Annual report on the working of the lock hospitals in the Central Provinces
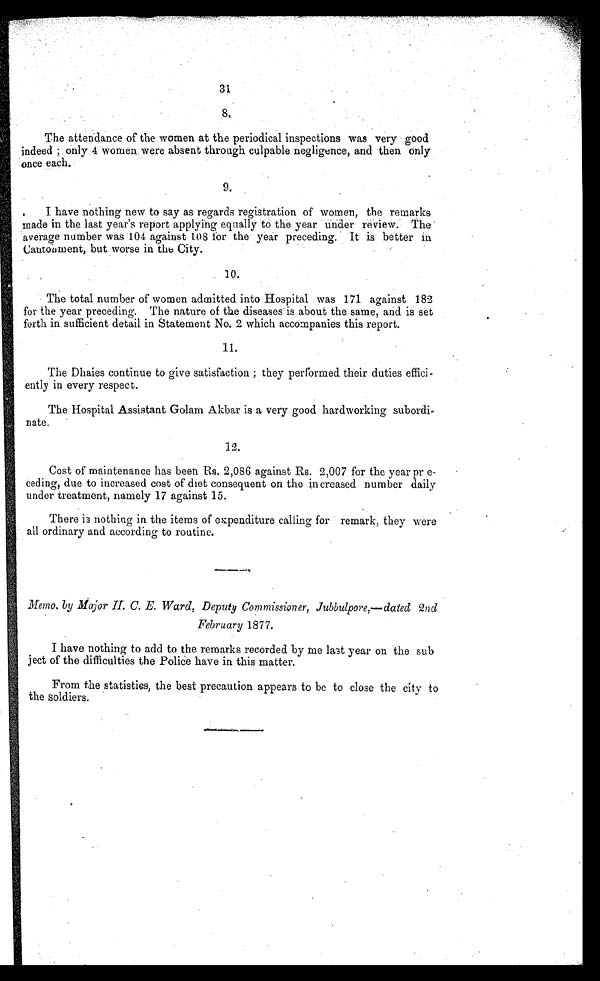
31
8.
The attendance of the women at the periodical inspections was very good
indeed ; only 4 women were absent through culpable negligence, and then only
once each.
9.
•
I have nothing new to say as regards registration of women, the remarks
made in the last year's report applying equally to the year under review. The
average number was 104 against 108 for the year preceding. It is better in
Cantonment, but worse in the City.
10.
The total number of women admitted into Hospital was 171 against 182
for the year preceding. The nature of the diseases is about the same, arid is set
forth in sufficient detail in Statement No. 2 which accompanies this report.
1 1 .
The Dhaies continue to give satisfaction ; they performed their duties effici-
ently in every respect.
The Hospital Assistant Golam Akbar is a very good hardworking subordi-
nate.
1 2 .
Cost of maintenance has been Rs. 2,086 against Rs. 2,007 for the year pr
e-ceding, due to increased cost of diet consequent on the increased number daily
under treatment, namely 17 against 15.
There is nothing in the items of expenditure calling for remark, they were
all ordinary and according to routine.
Memo, by Major H. C. E. Ward, Deputy Commissioner, Jubbulpore,—dated 2nd
February 1877.
I have nothing to add to the remarks recorded by me last year on the sub
ject of the difficulties the Pollee have in this matter.
From the statisties, the best precaution appears to be to close the city to
the soldiers.